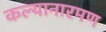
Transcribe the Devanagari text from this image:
कल्यानारमण